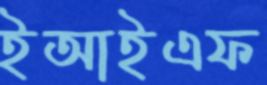
ইআইএফ